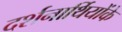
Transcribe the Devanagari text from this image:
दर्शनार्थियोंके